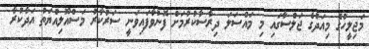
މަޖިލީހުގެ މިއަދުގެ ޖަލްސާގައި މި މައްސަލަ ދިރާސާކުރުމަށް ފޮނުވާފައިވަނީ ސަރުކާރު މަސްއޫލިއްޔަތު އަދާކުރާ